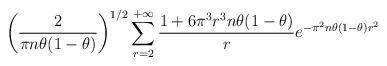
LaTeX: \begin{align*} \left(\frac{2}{\pi n\theta(1-\theta)}\right)^{1/2} \sum_{r=2}^{+\infty} \frac{1 + 6\pi^3 r^3 n\theta(1-\theta)}{r} e^{-\pi^2 n \theta(1-\theta) r^2}\end{align*}